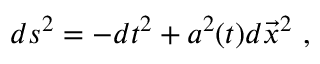
d s ^ { 2 } = - d t ^ { 2 } + a ^ { 2 } ( t ) d { \vec { x } } ^ { 2 } \ ,